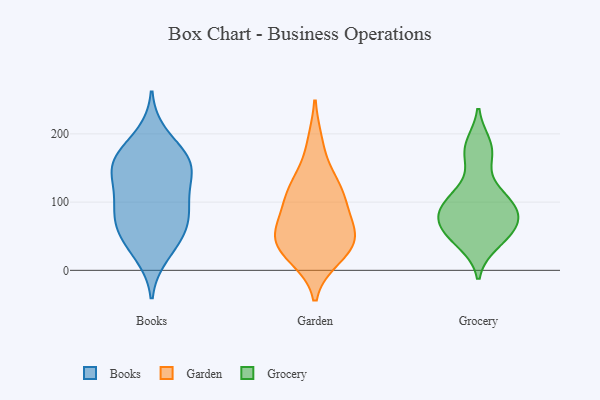
{"axis": {"x": "Satisfaction Score", "y": "Value"}, "legend": ["Books", "Garden", "Grocery"], "data": [{"x": "", "y": 169, "type": "Books"}, {"x": "", "y": 66, "type": "Books"}, {"x": "", "y": 154, "type": "Books"}, {"x": "", "y": 156, "type": "Books"}, {"x": "", "y": 54, "type": "Books"}, {"x": "", "y": 158, "type": "Books"}, {"x": "", "y": 95, "type": "Books"}, {"x": "", "y": 157, "type": "Books"}, {"x": "", "y": 37, "type": "Books"}, {"x": "", "y": 23, "type": "Books"}, {"x": "", "y": 198, "type": "Books"}, {"x": "", "y": 110, "type": "Books"}, {"x": "", "y": 70, "type": "Books"}, {"x": "", "y": 78, "type": "Books"}, {"x": "", "y": 139, "type": "Books"}, {"x": "", "y": 109, "type": "Books"}, {"x": "", "y": 77, "type": "Garden"}, {"x": "", "y": 185, "type": "Garden"}, {"x": "", "y": 124, "type": "Garden"}, {"x": "", "y": 122, "type": "Garden"}, {"x": "", "y": 20, "type": "Garden"}, {"x": "", "y": 41, "type": "Garden"}, {"x": "", "y": 116, "type": "Garden"}, {"x": "", "y": 47, "type": "Garden"}, {"x": "", "y": 26, "type": "Garden"}, {"x": "", "y": 52, "type": "Garden"}, {"x": "", "y": 91, "type": "Garden"}, {"x": "", "y": 46, "type": "Garden"}, {"x": "", "y": 84, "type": "Grocery"}, {"x": "", "y": 111, "type": "Grocery"}, {"x": "", "y": 54, "type": "Grocery"}, {"x": "", "y": 59, "type": "Grocery"}, {"x": "", "y": 83, "type": "Grocery"}, {"x": "", "y": 167, "type": "Grocery"}, {"x": "", "y": 107, "type": "Grocery"}, {"x": "", "y": 185, "type": "Grocery"}, {"x": "", "y": 78, "type": "Grocery"}, {"x": "", "y": 39, "type": "Grocery"}]}